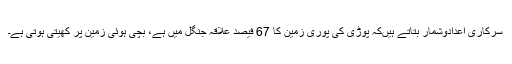
سرکاری اعدادوشمار بتاتے ہیںکہ پوڑی کی پوری زمین کا 67 فیصد علاقہ جنگل میں ہے، بچی ہوئی زمین پر کھیتی ہوتی ہے۔